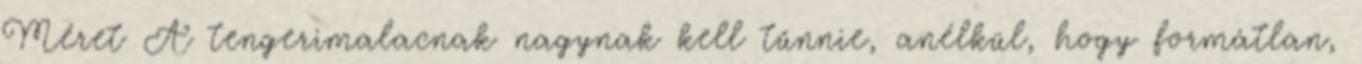
Méret A tengerimalacnak nagynak kell tűnnie, anélkül, hogy formátlan,